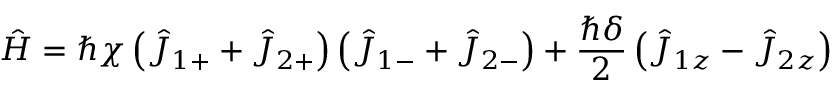
\hat { H } = \hbar \chi \left( \hat { J } _ { 1 + } + \hat { J } _ { 2 + } \right) \left( \hat { J } _ { 1 - } + \hat { J } _ { 2 - } \right) + \frac { \hbar \delta } { 2 } \left( \hat { J } _ { 1 z } - \hat { J } _ { 2 z } \right)